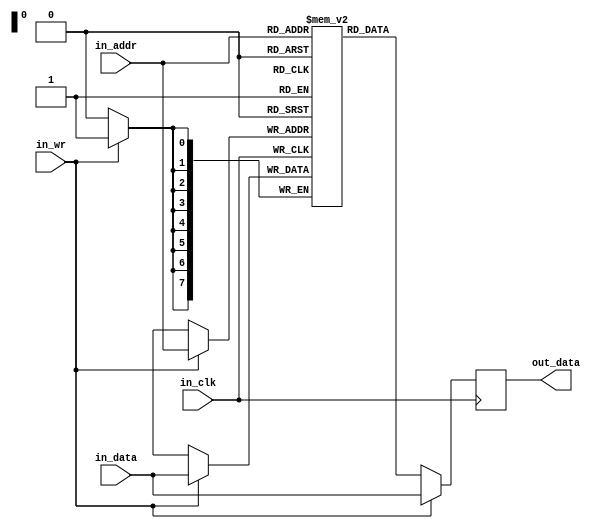
/**
 * Project: USB-3W FPGA interface  
 * Date:
 * File:
 *
 */

`timescale 1ns / 1ps

module ram_singleport
#(
    parameter RAM_ADDR_WIDTH = 8,
    parameter RAM_DATA_WIDTH = 8
)
(
    input                           in_clk,
    input      [RAM_ADDR_WIDTH-1:0] in_addr,
    output reg [RAM_DATA_WIDTH-1:0] out_data, 
    input      [RAM_DATA_WIDTH-1:0] in_data,
    input  in_wr
);

(* ram_style = "block" *) reg [ (RAM_DATA_WIDTH - 1) : 0] data_RAM [ 0 : (2**RAM_ADDR_WIDTH - 1) ];

`ifdef BUILD_FOR_SIMULATION
reg ram_wr_fb;
initial
begin
    ram_wr_fb = 0;
end
`endif

always @(posedge in_clk)
begin
    if (in_wr)
    begin
        data_RAM[in_addr] <= in_data;
        out_data <= in_data;
`ifdef BUILD_FOR_SIMULATION
        ram_wr_fb = 1;
        #1
        ram_wr_fb = 0;
`endif
    end
    else
    begin
        out_data <= data_RAM[in_addr];
    end
end
endmodule